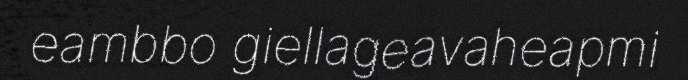
eambbo giellageavaheapmi